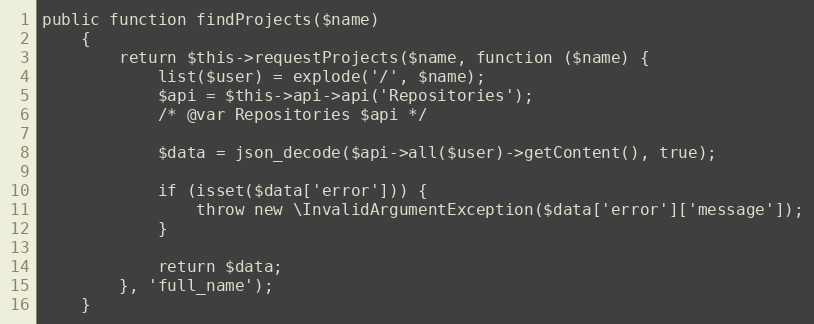
Language: PHP
public function findProjects($name)
    {
        return $this->requestProjects($name, function ($name) {
            list($user) = explode('/', $name);
            $api = $this->api->api('Repositories');
            /* @var Repositories $api */

            $data = json_decode($api->all($user)->getContent(), true);

            if (isset($data['error'])) {
                throw new \InvalidArgumentException($data['error']['message']);
            }

            return $data;
        }, 'full_name');
    }